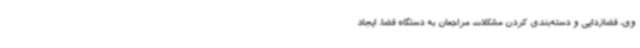
وی، قضازدایی و دسته‌بندی کردن مشکلات مراجعان به دستگاه قضا، ایجاد